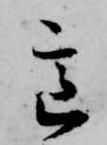
意